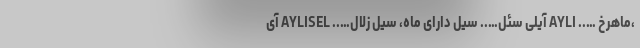
،ماهرخ ….. AYLI آیلی سئل….. سیل دارای ماه، سیل زلال….. AYLISEL آی